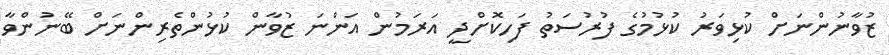
ޒުވާނުންނަށް ކުޅިވަރު ކުޅުމުގެ ފުރުސަތު ފަހިކޮށްދީ އަރަމުން އަންނަ ޒުވާން ކުޅުންތެރިންނަށް ބޭނުންވާ